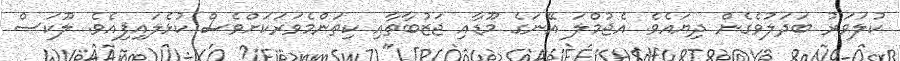
ކުލަވަރު ބަދަލުވެގެން ދިޔައެވެ. އެޖުމްލަ އޭނަގެ މޫޑާއި ޖަޒުބާތާއި ކިތަންމެވަރަކަށްވެސް ކުޅެލައިފިއެވެ. ލޫކަސް